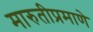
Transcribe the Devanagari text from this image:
मारुतीप्रमाणे